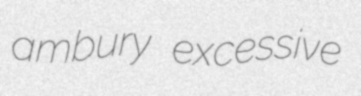
ambury excessive